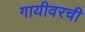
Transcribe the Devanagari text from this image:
गायीवरची